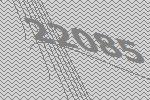
22085